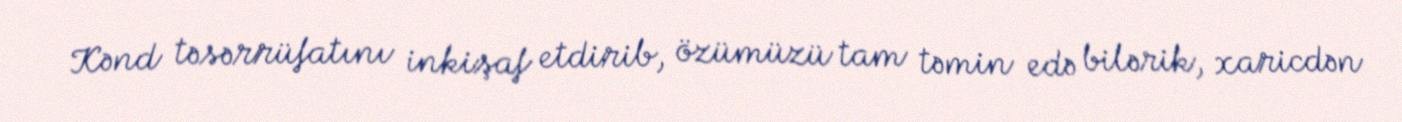
Kənd təsərrüfatını inkişaf etdirib, özümüzü tam təmin edə bilərik, xaricdən